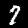
Digit: 7